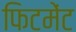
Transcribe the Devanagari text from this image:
फिटमेंट